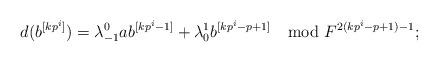
LaTeX: \begin{align*}d(b^{[kp^i]})=\lambda^0_{-1}ab^{[kp^i-1]}+\lambda^1_0b^{[kp^i-p+1]}\mod F^{2(kp^i-p+1)-1};\end{align*}